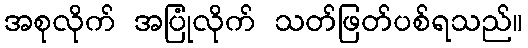
အစုလိုက် အပြုံလိုက် သတ်ဖြတ်ပစ်ရသည်။